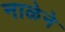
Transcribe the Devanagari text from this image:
नाळेने